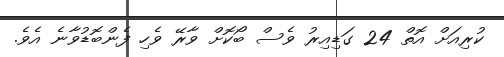
ކުރިއަށް އޮތް 24 ގަޑިއިރު ވެސް ބޯކޮށް ވާރޭ ވެހި ފެންބޮޑުވާނެ އެވެ.